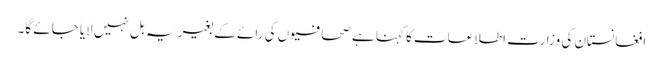
افغانستان کی وزارت اطلاعات کا کہنا ہے صحافیوں کی رائے کے بغیر یہ بل نہیں لایا جائے گا۔